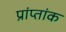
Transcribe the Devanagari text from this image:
प्रांप्तांक